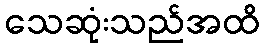
သေဆုံးသည်အထိ